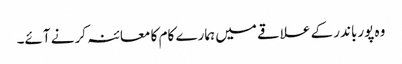
وہ پورباندر کے علاقے میں ہمارے کام کا معائنہ کرنے آئے۔